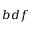
b d f